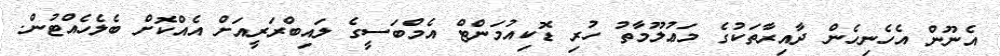
އެނޫން އެހެނިހެން ދާއިރާތަކުގެ މަޢުލޫމާތު ހުރި ޑޮކިއުމަންޓް އެމްބަސީގެ ލައިބްރަރީއަށް އެއްކޮށް ބެލެހެއްޓުން.